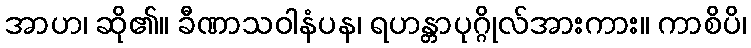
အာဟ၊ ဆို၏။ ခီဏာသဝါနံပန၊ ရဟန္တာပုဂ္ဂိုလ်အားကား။ ကာစိပိ၊